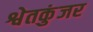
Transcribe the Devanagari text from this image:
श्वेतकुंजर